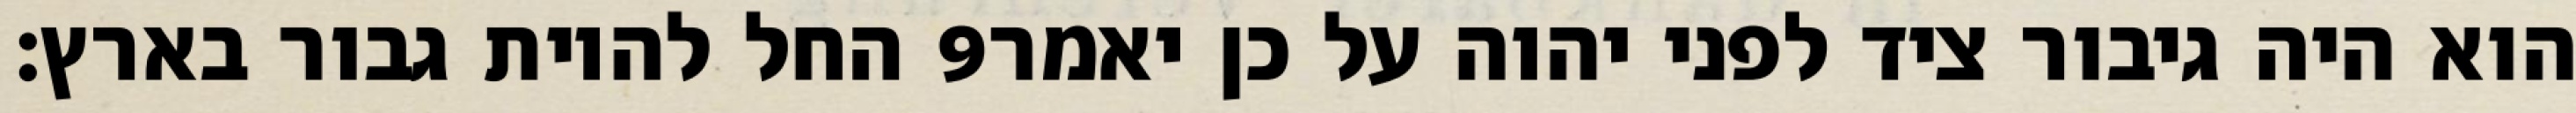
החל להיות גבור בארץ׃ ‎9‏ הוא היה גיבור ציד לפני יהוה על כן יאמר